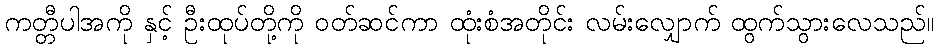
ကတ္တီပါအကို နှင့် ဦးထုပ်တို့ကို ဝတ်ဆင်ကာ ထုံးစံအတိုင်း လမ်းလျှောက် ထွက်သွားလေသည်။